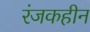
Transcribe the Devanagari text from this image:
रंजकहीन